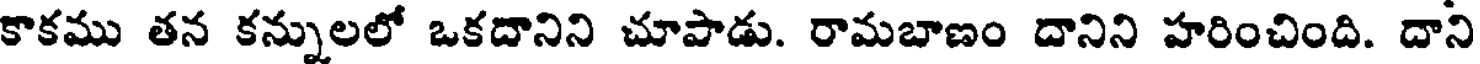
కాకము తన కన్నులలో ఒకదానిని చూపాడు. రామబాణం దానిని హరించింది. దాని